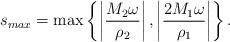
LaTeX: \begin{align*} s_{max}=\max\left\{\left|\frac{M_2\omega}{\rho_2}\right|,\left|\frac{2M_1\omega}{\rho_1}\right|\right\}.\end{align*}